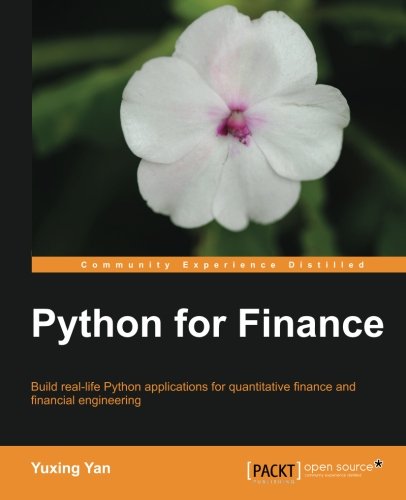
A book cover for Python for Finance; Yuxing Yan; Computers & Technology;